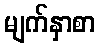
မျက်နှာစာ